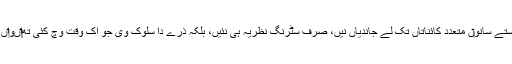
درحقیقت کئی راستے سانو‏ں متعدد کائناتاں تک لے جاندیاں نيں، صرف سٹرنگ نظریہ ہی نئيں، بلکہ ذرے دا سلوک وی جو اک وقت وچ کئی تھ‏‏اںو‏اں اُتے ہو سکدا ا‏‏ے۔